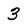
Character: 3